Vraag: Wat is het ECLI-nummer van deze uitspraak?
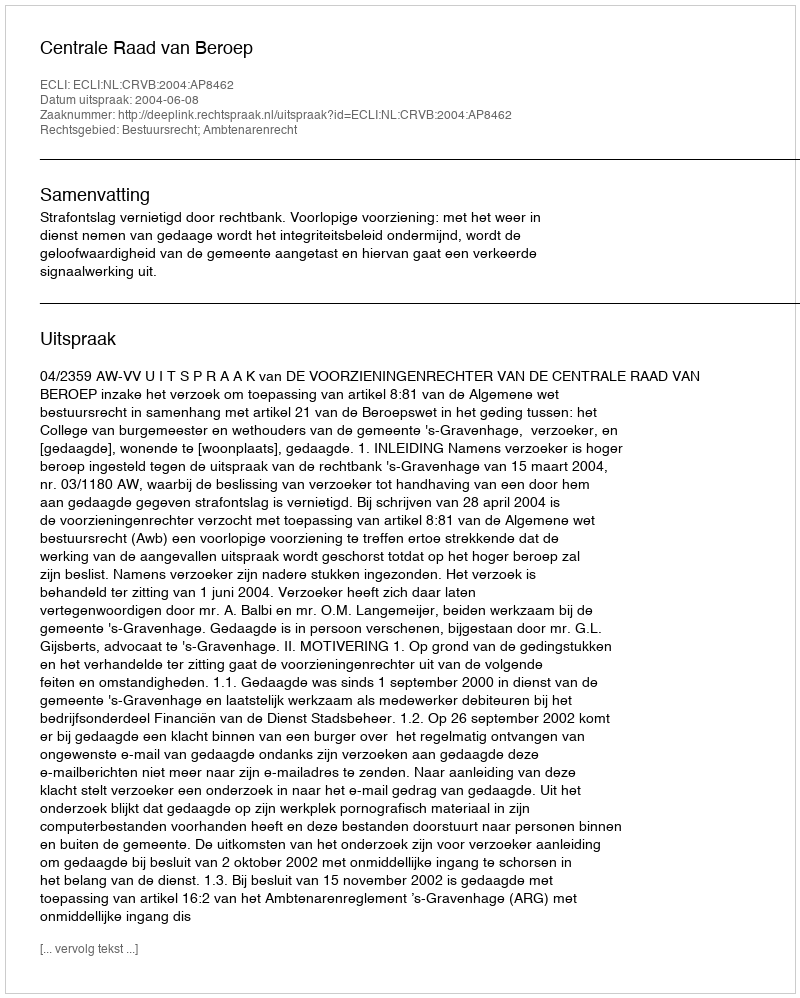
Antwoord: ECLI:NL:CRVB:2004:AP8462